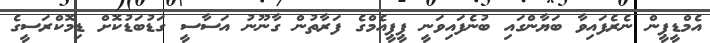
އެމްޑީޕީން ނެރެފައިވާ ބަޔާންގައި ބުނެފައިވަނީ ޕީޕީއެމްގެ ފަރާތުން ގާނޫނު އަސާސީ ގަޑުބަޑުކޮށް ޑިމޮކްރަސީގެ